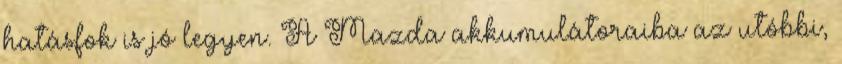
hatásfok is jó legyen. A Mazda akkumulátoraiba az utóbbi,